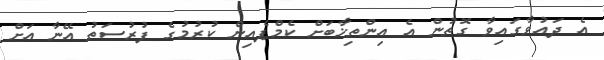
އެ ދައުވާގައިވާ ގޮތުން އެ އިންތިޚާބަށް ކެމްޕެއިން ކުރުމުގެ ފުރުސަތު އޭނާ އަށް